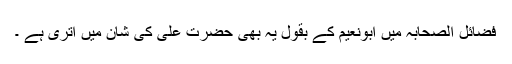
فضائل الصحابہ میں ابونعیم کے بقول یہ بھی حضرت علی کی شان میں اتری ہے ۔